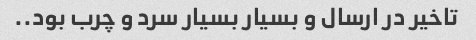
تاخیر در ارسال و بسیار بسیار سرد و چرب بود..